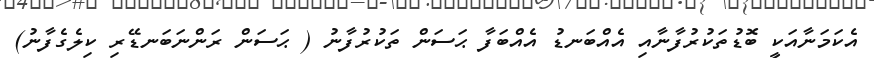
އެކަމަނާއަކީ ބޮޑުތަކުރުފާނާއި އެއްބަނޑު އެއްބަފާ ޙަސަން ތަކުރުފާނު ( ޙަސަން ރަންނަބަނޑޭރި ކިލެގެފާނު)